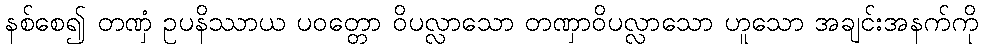
နစ်စေ၍ တဏှံ ဥပနိဿာယ ပဝတ္တော ဝိပလ္လာသော တဏှာဝိပလ္လာသော ဟူသော အချင်းအနက်ကို